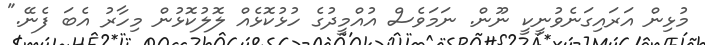
މުޅިން އަރައިގަނެވުނީކީ ނޫން. ނަމަވެސް އުއްމީދުގެ ހުޅުކޮޅެއް ލޮލުކޮޅުން މިހާރު އެބަ ފެނޭ."